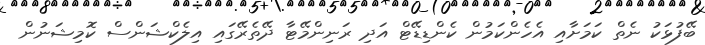
ބޭފުޅަކު ނެތް ކަމަށާއި އެހެންކަމުން ކެންޑިޑޭޓް އަދި ރަނިންމޭޓާ ދޭތެރޭގައި އިލެކްޝަންސް ކޮމިޝަނުން